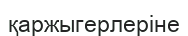
қаржыгерлеріне